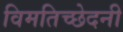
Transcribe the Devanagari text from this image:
विमतिच्छेदनी